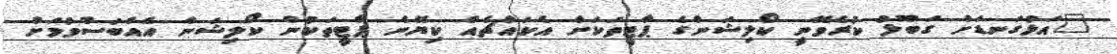
"އަޅުގަނޑަށް ގަބޫލު ކުރެވޭނީ ކޯލިޝަންގެ ޕާޓީތަކަށް އެކައްޗެއް ކިޔޭނެ ޕާޓީތަކުން ކޯލިޝަން އެއްބަސްވުމަށް